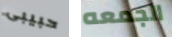
حبيبى الجمعه